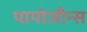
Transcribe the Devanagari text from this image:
पायोजीन्स